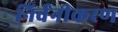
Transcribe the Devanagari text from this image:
निर्वनीकरण